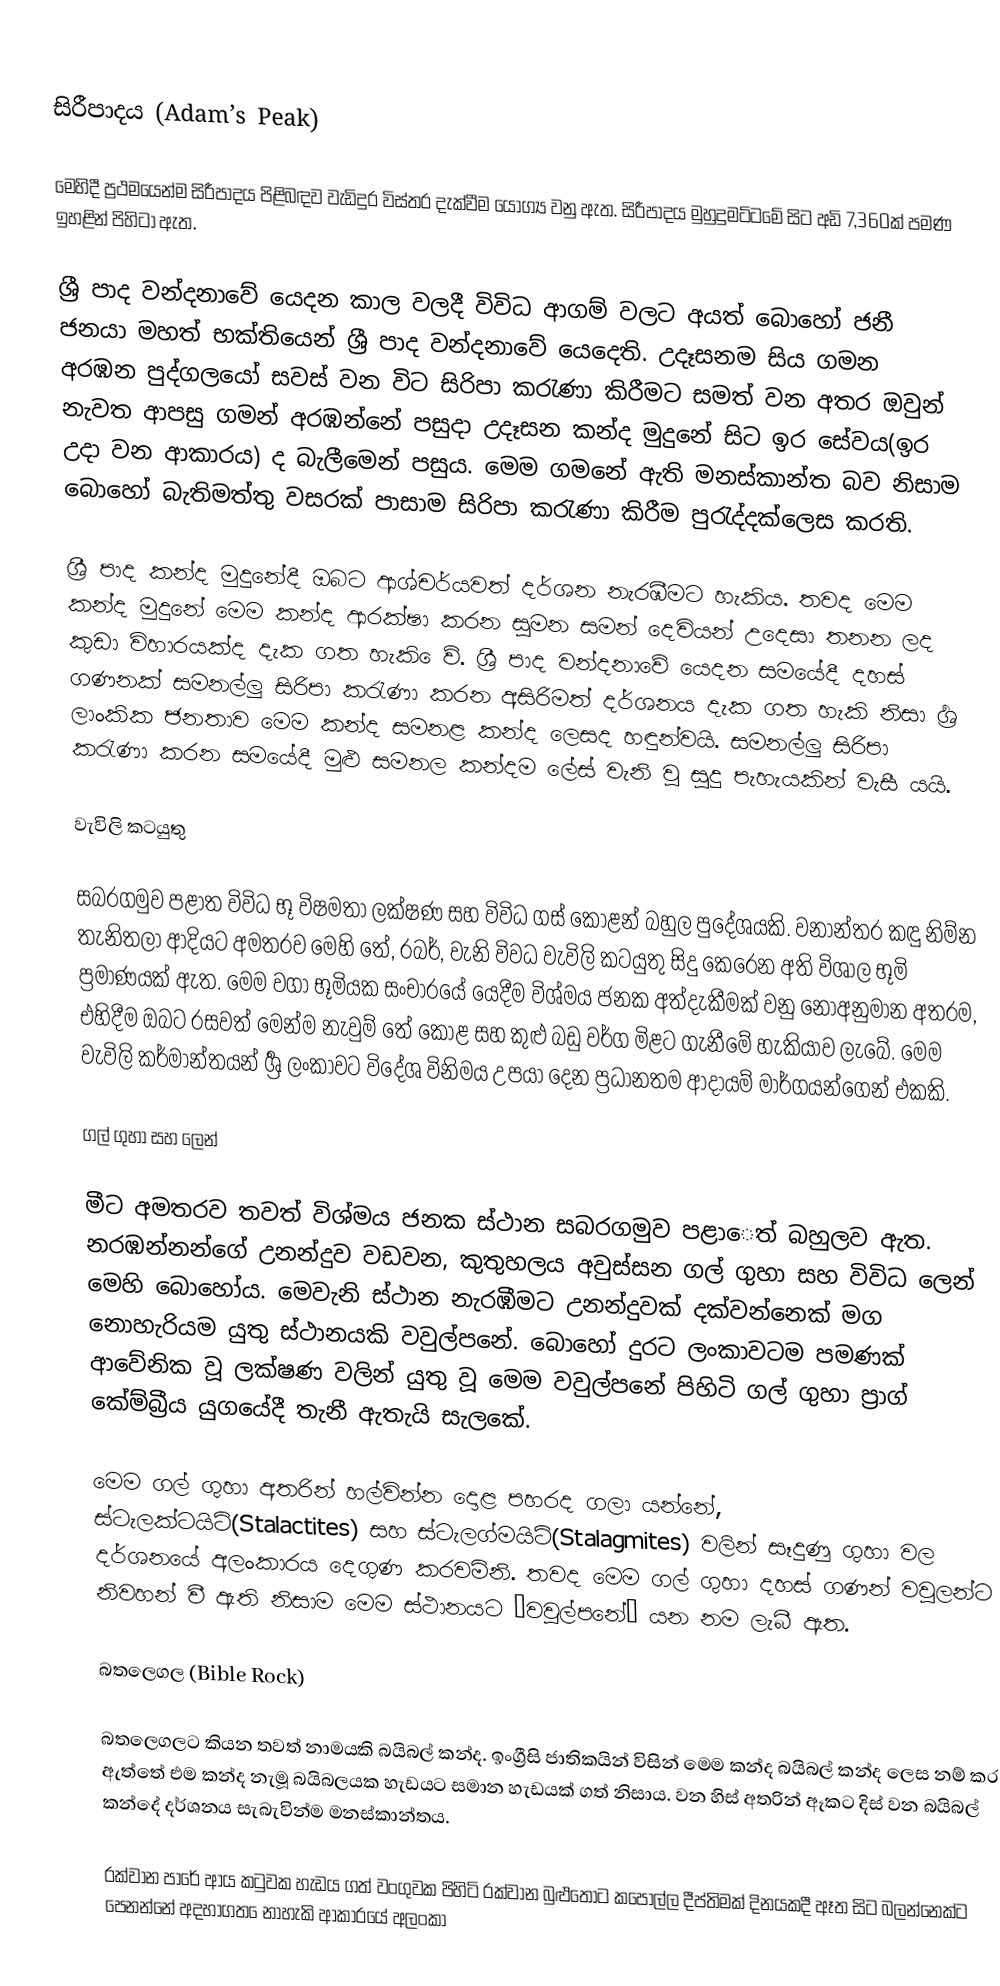

සිරීපාදය (Adam’s Peak)

මෙහිදී ප්‍රථමයෙන්ම සිරීපාදය පිළිබඳව වැඩිදුර විස්තර දැක්වීම යෝග්‍ය වනු ඇත. සිරීපාදය මුහුදුමට්ටමේ සිට අඩි 7,360ක් පමණ ඉහළින් පිහිටා ඇත.

ශ්‍රී පාද වන්දනාවේ ය‍ෙදන කාල වලදී විවිධ ආගම් වලට අයත් බොහෝ ජනී ජනයා මහත් භක්තියෙන් ශ්‍රී පාද වන්දනාවේ යෙදෙති. උදෑසනම සිය ගමන අරඹන පුද්ගලයෝ සවස් වන විට සිරිපා කරැණා කිරීමට සමත් වන අතර ඔවුන් නැවත ආපසු ගමන් අරඹන්නේ පසුදා උදෑසන කන්ද මුදුනේ සිට ඉර සේවය(ඉර උදා වන ආකාරය) ද බැලීමෙන් පසුය. මෙම ගමනේ ඇති මනස්කාන්ත බව නිසාම බොහෝ බැතිමත්තු වසරක් පාසාම සිරිපා කරැණා කිරීම පුරැද්දක්ලෙස කරති.

	ශ්‍රී පාද කන්ද මුදුනේදී ඔබට ආශ්චර්යවත් දර්ශන නැරඹීමට හැකිය. තවද මෙම කන්ද මුදුනේ මෙම කන්ද ආරක්ෂා කරන සුමන සමන් දෙවියන් උදෙසා තනන ලද කුඩා විහාරයක්ද දැක ගත හැකි ‍ෙව්. ශ්‍රී පාද වන්දනාවේ ය‍ෙදන සමයේදී දහස් ගණනක් සමනල්ලු සිරිපා කරැණා කරන අසිරිමත් දර්ශනය දැක ගත හැකි නිසා ශ්‍රර්‍ ලාංකික ජනතාව මෙම කන්ද සමනළ කන්ද ලෙසද හඳුන්වයි. සමනල්ලු සිරිපා කරැණා කරන සමයේදී මුළු සමනල කන්දම ලේස් වැනි වූ සුදු පැහැයකින් වැසී යයි.

වැවිලි කටයුතු

	සබරගමුව පළාත විවිධ භූ විෂමතා ලක්ෂණ සහ විවිධ ගස් කොළන් බහුල පුදේශයකි. වනාන්තර කඳු නිම්න තැනිතලා ආදියට අමතරව මෙහි තේ, රබර්, වැනි විවධ වැවිලි කටයුතු සිදු කෙරෙන අති විශාල භූමි ප්‍රමාණයක් ඇත. මෙම වගා භූමියක සංචාරයේ යෙදීම විශ්මය ජනක අත්දැකීමක් වනු නොඅනුමාන අතරම, එහිදීම ඔබට රසවත් මෙන්ම නැවුම් තේ කොළ සහ කුළු බඩු වර්ග මිළට ගැනීමේ  හැකියාව ලැබේ. මෙම වැවිලි කර්මාන්තයන් ශ්‍රර්‍ ලංකාවට විදේශ විනිමය උපයා දෙන ප්‍රධානතම ආදායම් මාර්ගයන්ගෙන් එකකි.

ගල් ගුහා සහ ලෙන්

	මීට අමතරව තවත් විශ්මය ජනක ස්ථාන සබරගමුව පළා‍ෙත් බහුලව ඇත. නරඹන්නන්ගේ උනන්දුව වඩවන, කුතුහලය අවුස්සන ගල් ගුහා සහ විවිධ ලෙන් මෙහි බොහෝය.  මෙවැනි ස්ථාන නැරඹීමට උනන්දුවක් දක්වන්නෙක් මග නොහැරියම යුතු ස්ථානයකි වවුල්පනේ. බොහෝ දුරට ලංකාවටම පමණක් ආවේනික වූ ලක්ෂණ වලින් යුතු වූ මෙම වවුල්පනේ පිහිටි ගල් ගුහා ප්‍රාග් කේම්බ්‍රීය යුගයේදී තැනී ඇතැයි සැලකේ.

	මෙම ගල් ගුහා අතරින් හල්වින්න දොළ පහරද ගලා යන්නේ, ස්ටැලක්ටයිට්(Stalactites) සහ ස්ටැලග්මයිට්(Stalagmites) වලින් සෑදුණු ගුහා වල දර්ශනයේ අලංකාරය දෙගුණ කරවමිනි. තවද මෙම ගල් ගුහා දහස් ගණන් වවුලන්ට නිවහන් වී ඇති නිසාම මෙම ස්ථානයට ‘වවුල්පනේ’ යන නම ලැබී ඇත.

බතලෙගල (Bible Rock)

	බතලෙගලට කියන තවත් නාමයකි බයිබල් කන්ද. ඉංග්‍රීසි ජාතිකයින් විසින් මෙම කන්ද බයිබල් කන්ද ලෙස නම් කර ඇත්තේ එම කන්ද නැමූ බයිබලයක හැඩයට සමාන හැඩයක් ගත් නිසාය. වන හිස් අතරින් ඈකට දිස් වන බයිබල් කන්දේ දර්ශනය සැබැවින්ම මනස්කාන්තය.

	රක්වාන පාරේ ආය කටුවක හැඩය ගත් වංගුවක පිහිටි රක්වාන බුළුතොට කපොල්ල දීප්තිමක් දිනයකදී ඈත සිට බලන්නෙක්ට පෙනන්නේ අදහාගත ‍ෙනාහැකි ආකාරයේ අලංකා